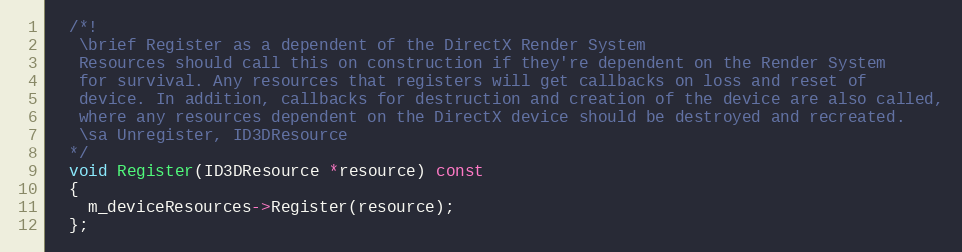
Language: C
  /*!
   \brief Register as a dependent of the DirectX Render System
   Resources should call this on construction if they're dependent on the Render System
   for survival. Any resources that registers will get callbacks on loss and reset of
   device. In addition, callbacks for destruction and creation of the device are also called,
   where any resources dependent on the DirectX device should be destroyed and recreated.
   \sa Unregister, ID3DResource
  */
  void Register(ID3DResource *resource) const
  {
    m_deviceResources->Register(resource);
  };